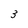
Character: 3